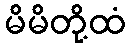
မိမိတို့ထံ